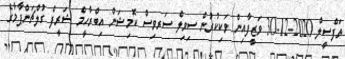
ތަފްސީލް 2020-12-30 ވަޒީފާއިން ވަކިކުރުން ސިވިލް ސަރވިސް ކޮމިޝަން އިބްރާހީމް ޝަރީފް ގުލްޗަންޕާމާގެ